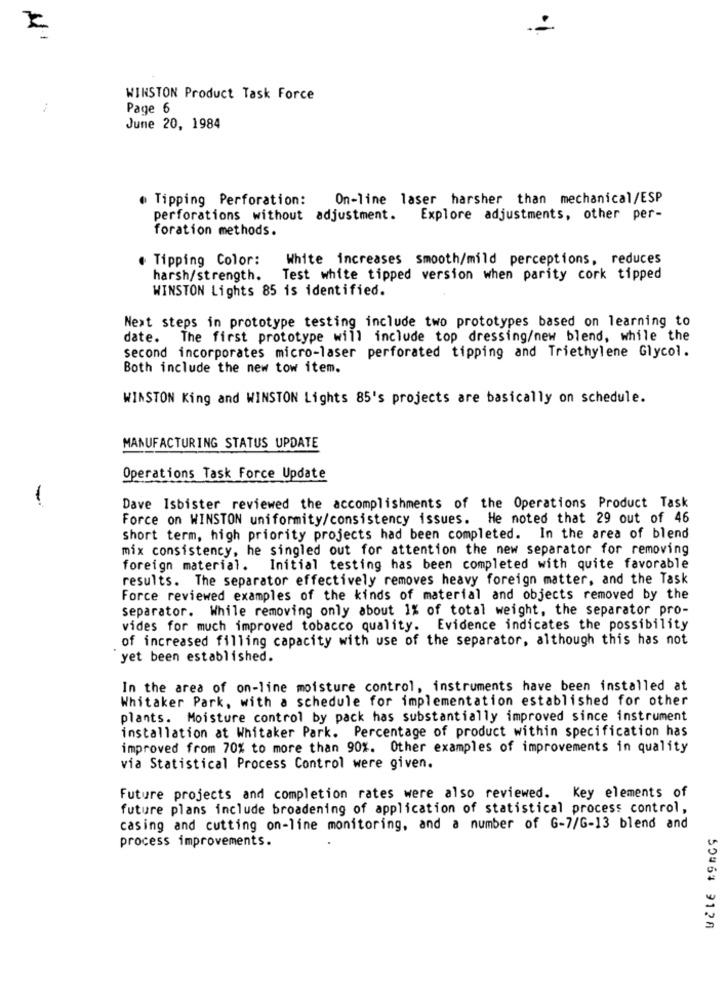
WINSTON Product Task Force
-
Page 6
June 20, 1984
Tipping Perforation:
On-line laser harsher than mechanical/ESP
perforations without adjustment.
Explore adjustments, other per-
foration methods.
Tipping Color:
White increases smooth/mild perceptions, reduces
harsh/strength.
Test white tipped version when parity cork tipped
WINSTON Lights 85 is identified.
Next steps in prototype testing include two prototypes based on learning to
date. The first prototype will include top dressing/new blend, while the
second incorporates micro-laser perforated tipping and Triethylene Glycol.
Both include the new tow item.
WINSTON King and WINSTON Lights 85's projects are basically on schedule.
MANUFACTURING STATUS UPDATE
Operations Task Force Update
Dave Isbister reviewed the accomplishments of the Operations Product Task
Force on WINSTON uniformity/consistency issues. He noted that 29 out of 46
short term, high priority projects had been completed. In the area of blend
mix consistency, he singled out for attention the new separator for removing
foreign material.
Initial testing has been completed with quite favorable
results. The separator effectively removes heavy foreign matter, and the Task
Force reviewed examples of the kinds of material and objects removed by the
separator. While removing only about 1% of total weight, the separator pro-
vides for much improved tobacco quality. Evidence indicates the possibility
of increased filling capacity with use of the separator, although this has not
yet been established.
In the area of on-line moisture control, instruments have been installed at
Whitaker Park, with a schedule for implementation established for other
plants. Moisture control by pack has substantially improved since instrument
installation at Whitaker Park. Percentage of product within specification has
improved from 70% to more than 90%. Other examples of improvements in quality
via Statistical Process Control were given.
Future projects and completion rates were also reviewed. Key elements of
future plans include broadening of application of statistical process control,
casing and cutting on-line monitoring, and a number of G-7/G-13 blend and
process improvements.
50464 9128